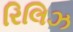
રિલિઝ